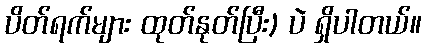
ပိတ်ရက်များ ထုတ်နုတ်ပြီး) ပဲ ရှိပါတယ်။